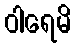
ဝါရေမိ